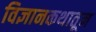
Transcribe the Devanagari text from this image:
विज्ञानकथातून